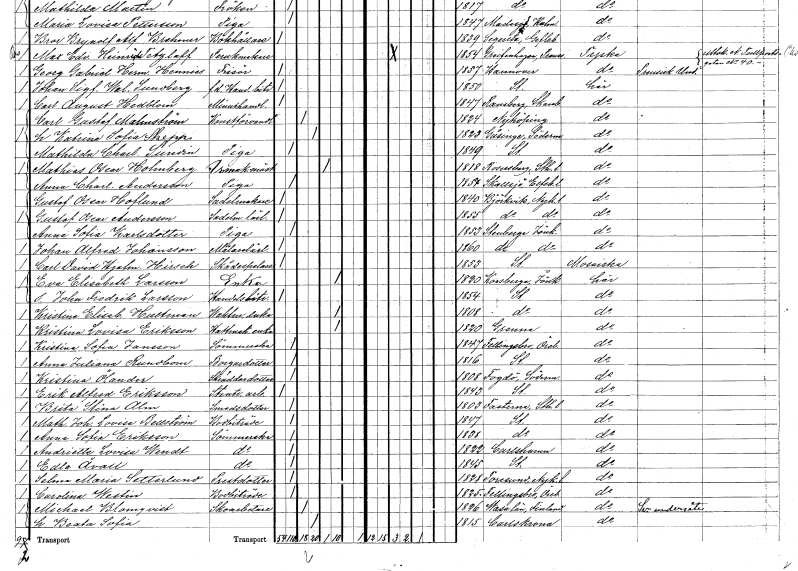
gt_parse: households: individuals: FN: Gustaf Oscar
EN: Hoflund
YRKE: Sadelmakare
KON: M
CIV: O
FODAR: 1840
FODFORS: Björkvik Södermanlands län
FN: Gustaf Oscar
EN: Andersson
YRKE: Sadelmakarelärling
KON: M
CIV: O
FODAR: 1855
FODFORS: Björkvik Södermanlands län
FN: Anna Sofia
EN: Karlsdotter
YRKE: Piga
KON: K
CIV: O
FODAR: 1853
FODFORS: Stenberga Jönköpings län
FN: Johan Alfred
EN: Johansson
YRKE: Målarelärling
KON: M
CIV: O
FODAR: 1860
FODFORS: Stenberga Jönköpings län
FN: Carl David Hjalmar
EN: Hirsch
YRKE: Skådespelare
KON: M
CIV: O
FODAR: 1853
FODFORS: Stockholm
FN: Eva Elisabeth
EN: Larsson
YRKE: Änka
KON: K
CIV: E
FODAR: 1820
FODFORS: Korsberga Jönköpings län
FN: John Fredrik
EN: Larsson
YRKE: Handelsbiträde
KON: M
CIV: O
FODAR: 1854
FODFORS: Stockholm
FN: Kristina Elisabet
EN: Hultman
YRKE: Vaktmästareänka
KON: K
CIV: E
FODAR: 1808
FODFORS: Stockholm
FN: Kristina Lovisa
EN: Eriksson
YRKE: Hattmakareänka
KON: K
CIV: E
FODAR: 1820
FODFORS: Gränna Jönköpings län
FN: Kristina Sofia
EN: Jansson
YRKE: Sömmerska
KON: K
CIV: O
FODAR: 1847
FODFORS: Fellingsbro Örebro län
FN: Anna Juliana
EN: Rundbom
YRKE: Borgaredotter
KON: K
CIV: O
FODAR: 1816
FODFORS: Stockholm
FN: Kristina
EN: Ölander
YRKE: Skräddaredotter
KON: K
CIV: O
FODAR: 1808
FODFORS: Fogdö Södermanlands län
FN: Erik Alfred
EN: Eriksson
YRKE: Stentryckeriarbetare
KON: M
CIV: O
FODAR: 1843
FODFORS: Stockholm
FN: Brita Stina
EN: Alm
YRKE: Smedsdotter
KON: K
CIV: O
FODAR: 1803
FODFORS: Fasterna Stockholms län
FN: Mathilda Johanna Lovisa
EN: Bellström
YRKE: Bodbiträde
KON: K
CIV: O
FODAR: 1847
FODFORS: Stockholm
FN: Anna Sofia
EN: Eriksson
YRKE: Sömmerska
KON: K
CIV: O
FODAR: 1838
FODFORS: Stockholm
FN: Andriette Lovisa
EN: Wendt
YRKE: Sömmerska
KON: K
CIV: O
FODAR: 1822
FODFORS: Karlshamn Blekinge län
FN: Edla
EN: Åvall
YRKE: Sömmerska
KON: K
CIV: O
FODAR: 1845
FODFORS: Stockholm
FN: Selma Maria
EN: Setterlund
YRKE: Prästdotter
KON: K
CIV: O
FODAR: 1828
FODFORS: Toresund Södermanlands län
FN: Carolina
EN: Westin
YRKE: Bodbiträde
KON: K
CIV: O
FODAR: 1825
FODFORS: Fellingsbro Örebro län
FN: Michael
EN: Blomqvist
YRKE: Skoarbetare
KON: M
CIV: G
FODAR: 1826
FN: Beata Sofia
KON: K
CIV: G
FODAR: 1815
FODFORS: Karlskrona Blekinge län